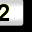
Digit: 2